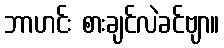
ဘာဟင်း စားချင်လဲခင်ဗျာ။